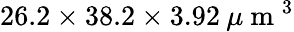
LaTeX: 26.2\times 38.2\times 3.92\: \mu\mathrm{~m~}^{3}